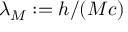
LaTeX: \lambda _ { M } : = h / ( M c )